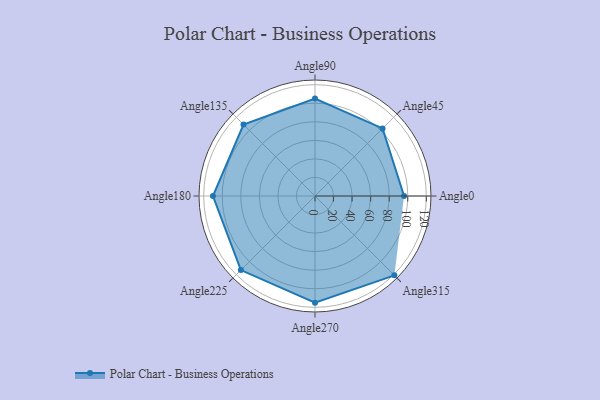
{"axis": {"x": "Angle", "y": "Radius"}, "legend": [""], "data": [{"x": "Angle0", "y": 96.0, "type": ""}, {"x": "Angle45", "y": 103.0, "type": ""}, {"x": "Angle90", "y": 105.0, "type": ""}, {"x": "Angle135", "y": 109.0, "type": ""}, {"x": "Angle180", "y": 110.0, "type": ""}, {"x": "Angle225", "y": 113.0, "type": ""}, {"x": "Angle270", "y": 115.0, "type": ""}, {"x": "Angle315", "y": 121.0, "type": ""}]}